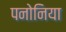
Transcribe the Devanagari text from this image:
पनोनिया